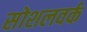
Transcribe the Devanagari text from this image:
सोशलवर्क